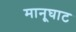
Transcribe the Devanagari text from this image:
मानूघाट